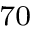
^ { 7 0 }